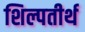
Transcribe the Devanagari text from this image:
शिल्पतीर्थ